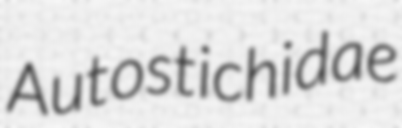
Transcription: Autostichidae